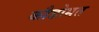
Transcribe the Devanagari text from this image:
कौडोमत